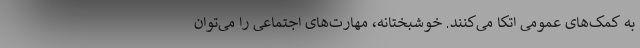
به کمک‌های عمومی اتکا می‌کنند. خوشبختانه، مهارت‌های اجتماعی را می‌توان